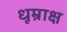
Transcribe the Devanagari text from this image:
धूम्राक्ष